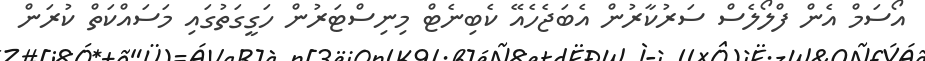
އޯސަމް އެން ފްލޯލެސް ސަރުކާރުން އެބަޖެހެއޭ ކެބިނެޓް މިނިސްޓަރުން ހަގީގަތުގައި މަސައްކަތް ކުރަން